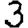
Digit: 3